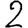
Digit: 2